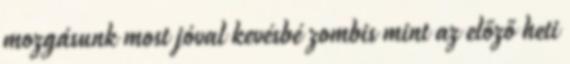
mozgásunk most jóval kevésbé zombis mint az előző heti